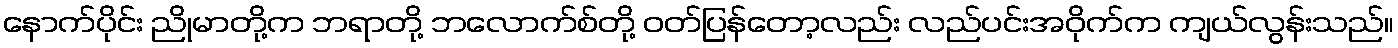
နောက်ပိုင်း ညိုမာတို့က ဘရာတို့ ဘလောက်စ်တို့ ဝတ်ပြန်တော့လည်း လည်ပင်းအဝိုက်က ကျယ်လွန်းသည်။